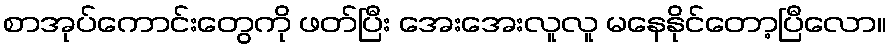
စာအုပ်ကောင်းတွေကို ဖတ်ပြီး အေးအေးလူလူ မနေနိုင်တော့ပြီလော။